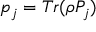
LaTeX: p _ { j } = T r ( \rho P _ { j } )